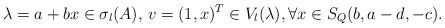
\begin{align*}\lambda=a+bx\in \sigma_l(A),\,v=(1,x)^T\in V_l(\lambda),\forall x\in S_Q(b,a-d,-c).\end{align*}